Medical and sanitary report of the native army of Bengal for the year
Year: 1878
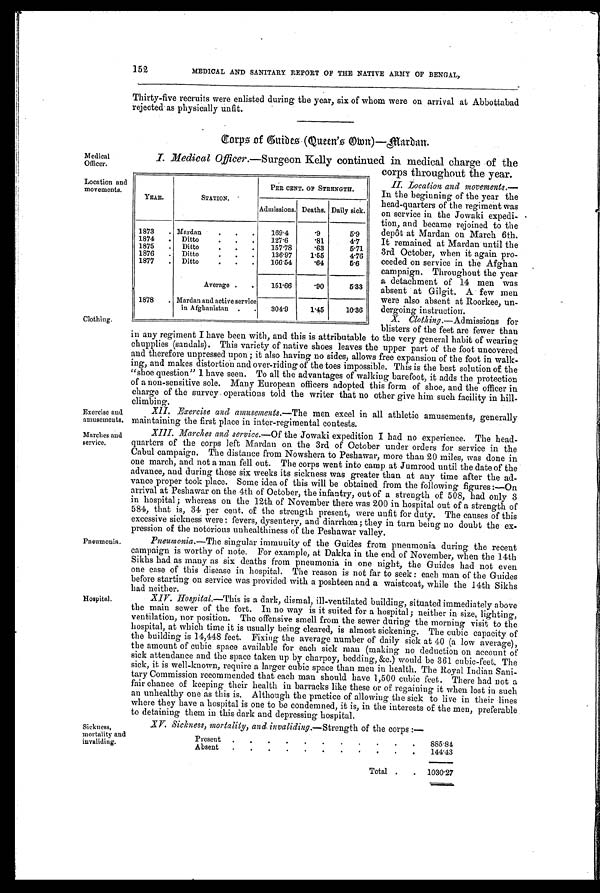
152
MEDICAL AND SANITARY. REPORT OF THE NATIVE ARMY OF BENGAL,
Thirty-five recruits were enlisted during the year, six of whom were on arrival at Abbottabad
rejected as physically unfit.
corps of guides (Queen,s omn)—mardan.
Medical
Officer.
Location and
movements.
Clothing.
Exercise and
amusements
Marches and
service.
Pneumonia.
I. Medical Officer .—Surgeon Kelly continued in medical charge of the
corns throughout the year.
II. Location and movements . —
In the beginning of the year the
head-quarters of the regiment was
on service in the Jowaki expedi-
tion, and became rejoined to the
depôt at Mardan on March 6th.
It remained at Mardan until the
3rd October, when it again pro-
ceeded on service in the Afghan
campaign. Throughout the year
a detachment of 14 men was
absent at Gilgit. A few men
were also absent at Roorkee, un-
d erogoin g instrnction
X. Clothing .— Admissions for
blisters of the feet are fewer than
in any regiment I have been with, and this is attributable to the very general habit of wearing
chupplies (sandals). This variety of native shoes leaves the upper part of the foot uncovered
and therefore unpressed upon; it also having no sides, allows free expansion of the foot in walk-
ing, and makes distortion and over-riding of the toes impossible. This is the best solution of the
"shoe question" 1 have seen. To all the advantages of walking barefoot, it adds the protection
of a non-sensitive sole. Many European officers adopted this form of shoe, and the officer in
charge of the survey operations told the writer that no other give him such facility in hill-
–climbin g.
XII, Exerczse ana amusements.—The men excel in an athletic amusements, generally
maintaining the first place in inter–regrimental contests
XIII. Marches and service .—Of the Jowaki expedition I had no experience. The head-
quarters of the corps left Mardan on the 3rd of October under orders for service in the
Cabul campaign. The distance from Nowshera to Peshawar, more than 20 miles, was done in
one march, and not a man fell out. The corps went into camp at Jumrood until the date of the
advance, and during those six weeks its sickness was greater than at any time after the ad-
– v a n c e p r o p e r t o o k p l a c e . S o m e i d e a o f t h i s w i l l b e o b t a i n e d f r o m t h e f o l l o w i n g f i g u r e s : — O n
arrival at Peshawar on the 4th of October, the infantry, out of a strength of 508, had only 3
in hospital ; whereas on the 12th. of November there was 200 in hospital out of a strength of
584, that is, 34 per cent. of the strength present, were unfit for duty. The causes of this
excessive sickness were: fevers, dysentery, and diarrhœa ; they in turn being no doubt the ex-
pression of the notorious unbealthiness of the Peshawar valley._
Pneumonia ,—The singular immunity of the Guides from pneumonia during the recent
campaign is worthy of note. For example, at Dakka in the end of November, when the 14th
sikhs had as many as six deaths from pneumonia in one night, the Guides had not even
me case of this disease in hospital. The reason is not far to seek : each man of the Guides
before starting on service was provided with a poshteen and a waistcoat, while the 14th Sikhs
had neither.
YEAR.
STATION.
PER CENT. OF STRENGTH.
Admissions. Deaths. Daily sick.
1873 . Mardan
. . .
169.4
. 9 5.9
1874
. Ditto
.
. . 127.6
. 8 1 4.7
1875 . Ditto
. . .
157.78
. 6 3 5.71
1876 . Ditto
.
. . 136.97
1.55
4.76
1877
. Ditto
. . .
166.54
. 6 4 5.6
Average .
. 151.66
. 9 0 5.33
1878 . Mardan and active service
in Afghanistan . . 304.9
1.45
10.36
Hospital.
Sickness,
mortality and
invaliding.
- XIV. H o s p i t a l
. — T h i s i s a d a r k , d i s m a l , i l l - v e n t i l a t e d b u i l d i n g , s i t u a t e d i m m e d i a t e l y a b o v e
the main sewer of the fort. In no way is it suited for a hospital; neither in size, lighting,
ventilation, nor position. The offensive smell from the sewer during the morning visit to the
hospital, at which time it is usually being cleared, is almost sickening. The cubic capacity of
the building is 14,448 feet. Fixing the average number of daily sick at 40 (a low average),
the amount of cubic space available for each sick man (making no deduction on account of
sick attendance and the space taken up by charpoy, bedding, &c.) would be 361 cubic-feet. The
sick, it is well-known, require a larger cubic space than men in health. The Royal Indian Sani-
tary Commission recommended that each man should have 1,500 cubic feet. There had not a
fair chance of keeping their health in barracks like these or of regaining it when lost in such,
an unhealthy one as this is. Although the practice of allowing the sick to live in their lines
where they have a hospital is one to be condemned, it is, in the interests of the men, preferable
to detaining them in this dark and depressing hospital.
XV. Sickness, mortality, and invaliding .—Strength of the corps :—
present . .
. .
. .
. .
.
. . 885.84
Absent .
. . .
. .
.
. .
.
. 144.43
Total .
. 1030.27